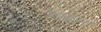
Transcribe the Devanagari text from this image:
पीड़ादयक